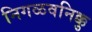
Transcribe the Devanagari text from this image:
निगळवनिक्कु